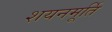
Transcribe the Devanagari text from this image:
शयनमूर्ति